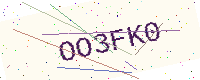
Text: OO3FK0